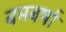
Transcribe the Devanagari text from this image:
बमबर्षा